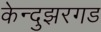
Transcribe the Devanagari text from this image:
केन्दुझरगड